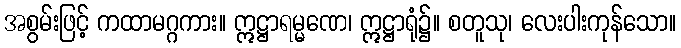
အစွမ်းဖြင့် ကထာမဂ္ဂကား။ ဣဋ္ဌာရမ္မဏေ၊ ဣဋ္ဌာရုံ၌။ စတူသု၊ လေးပါးကုန်သော။